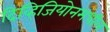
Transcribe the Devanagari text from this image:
दिव्हिजियोनमधील